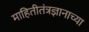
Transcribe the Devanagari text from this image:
माहितीतंत्रज्ञानाच्या